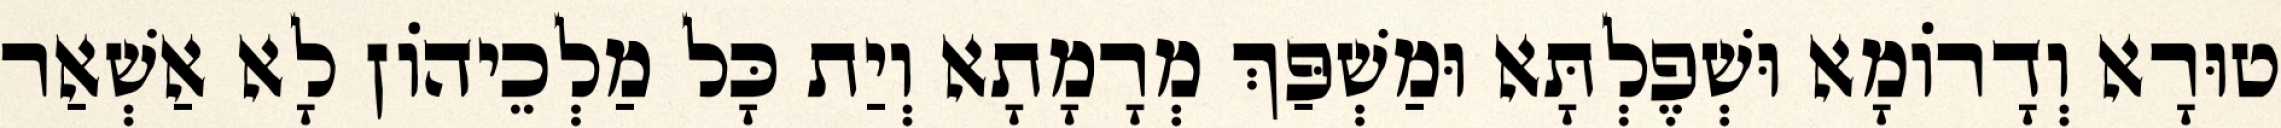
טוּרָא וְדָרוֹמָא וּשְׁפֶלְתָּא וּמַשְׁפַּךְ מְרָמָתָא וְיַת כָּל מַלְכֵיהוֹן לָא אַשְׁאַר